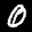
Label: 0